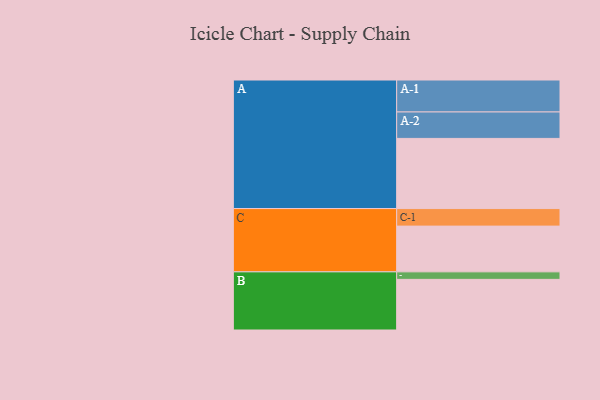
{"axis": {"x": "Segment", "y": "Value"}, "legend": ["", "A", "B", "C"], "data": [{"x": "A", "y": 560, "type": ""}, {"x": "B", "y": 404, "type": ""}, {"x": "C", "y": 365, "type": ""}, {"x": "A-1", "y": 255, "type": "A"}, {"x": "A-2", "y": 211, "type": "A"}, {"x": "B-1", "y": 60, "type": "B"}, {"x": "C-1", "y": 140, "type": "C"}]}